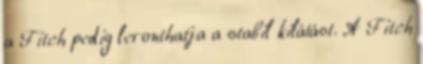
a Fitch pedig leronthatja a stabil kilátást. A Fitch